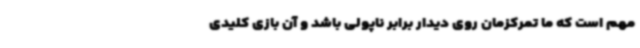
مهم است که ما تمرکزمان روی دیدار برابر ناپولی باشد و آن بازی کلیدی